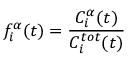
f _ { i } ^ { \alpha } ( t ) = \frac { C _ { i } ^ { \alpha } ( t ) } { C _ { i } ^ { t o t } ( t ) }